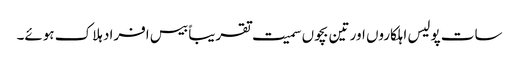
سات پولیس اہلکاروں اور تین بچوں سمیت تقریباً بیس افراد ہلاک ہوئے۔